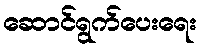
ဆောင်ရွက်ပေးရေး